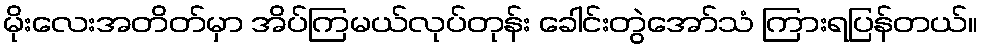
မိုးလေးအတိတ်မှာ အိပ်ကြမယ်လုပ်တုန်း ခေါင်းတွဲအော်သံ ကြားရပြန်တယ်။